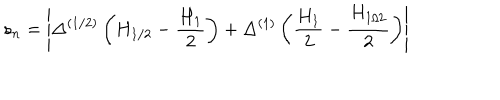
LaTeX: s _ { n } = \left| \Delta ^ { ( 1 / 2 ) } \left( H _ { 1 / 2 } - \frac { H _ { 1 } } { 2 } \right) + \Delta ^ { ( 1 ) } \left( \frac { H _ { 1 } } { 2 } - \frac { H _ { 1 / 2 } } { 2 } \right) \right|